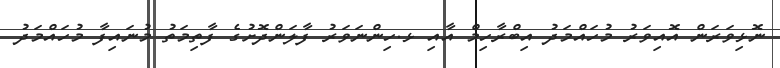
ނޮޅިވަރަން އޮއިވަރު މުހައްމަދު އިބްރާހިމް އާއި ޅ.ހިންނަވަރު ފާލަންދޮށުގެ ފާތިމަތު މުނައިފާ މުހައްމަދު